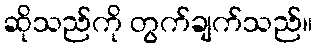
ဆိုသည်ကို တွက်ချက်သည်။